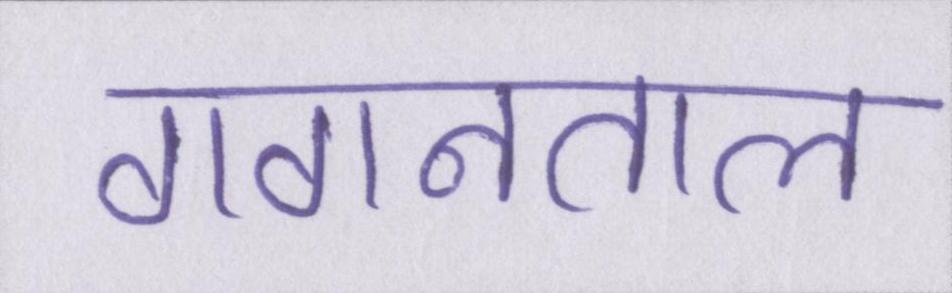
गगनताल